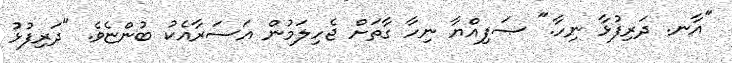
"އާނ. ދަރިފުޅާ ނިހާ." ޞަފިއްޔާ ނިހާ ގާތަށް ޖެހިލަމުން އަސަރާއެކު ބުންޏެވެ. "ދަރިފުޅު